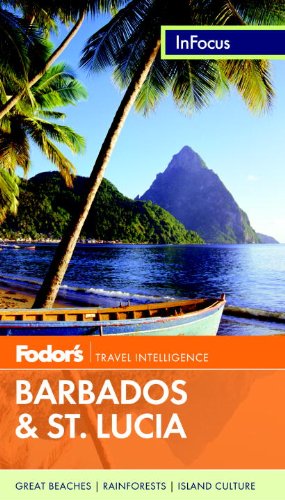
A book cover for Fodor's In Focus Barbados & St. Lucia, 2nd Edition (Full-color Travel Guide); Fodor's; Travel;